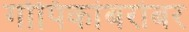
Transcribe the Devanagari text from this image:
गोपिकांबरोबर